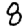
Digit: 8